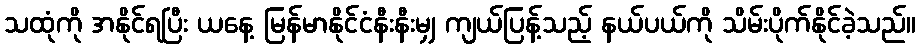
သထုံကို အနိုင်ရပြီး ယနေ့ မြန်မာနိုင်ငံနီးနီးမျှ ကျယ်ပြန့်သည့် နယ်ပယ်ကို သိမ်းပိုက်နိုင်ခဲ့သည်။